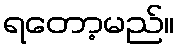
ရတော့မည်။